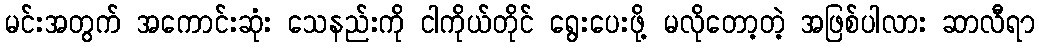
မင်းအတွက် အကောင်းဆုံး သေနည်းကို ငါကိုယ်တိုင် ရွေးပေးဖို့ မလိုတော့တဲ့ အဖြစ်ပါလား ဆာလီရာ